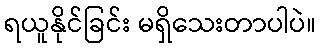
ရယူနိုင်ခြင်း မရှိသေးတာပါပဲ။